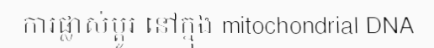
ការផ្លាស់ប្តូរ នៅក្នុង mitochondrial DNA